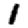
Digit: 1